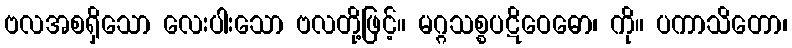
ဗလအစရှိသော လေးပါးသော ဗလတို့ဖြင့်။ မဂ္ဂသစ္စပဋိဝေဓော၊ ကို။ ပကာသိတော၊